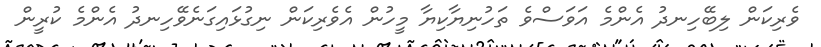
ވެރިކަން ލިބޭހިނދު އެންމެ އަވަސްވެ ތަހުނިޔާކިޔާ މީހުން އެވެރިކަން ނިގުޅައިގަނެވޭހިނދު އެންމެ ކުރީން